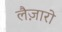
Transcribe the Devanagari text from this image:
लैज़ारो